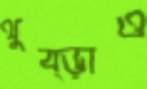
থুব্‌ড়াও